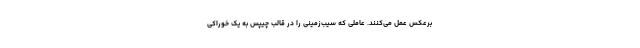
برعکس عمل می‌کنند. عاملی که سیب‌زمینی را در قالب چیپس به یک خوراکی